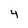
Character: 4